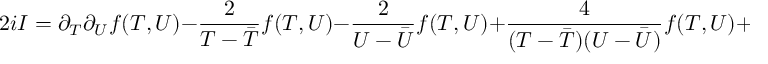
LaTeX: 2 i { \cal I } = \partial _ { T } \partial _ { U } f ( T , U ) - \frac { 2 } { T - { \bar { T } } } f ( T , U ) - \frac { 2 } { U - { \bar { U } } } f ( T , U ) + \frac { 4 } { ( T - { \bar { T } } ) ( U - { \bar { U } } ) } f ( T , U ) + h . c